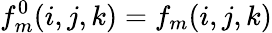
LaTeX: f_{m}^{0}(i,j,k)=f_{m}(i,j,k)